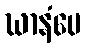
ဃာနံပေ